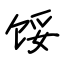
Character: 馁